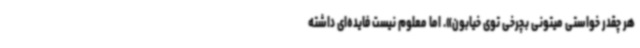
هر چقدر خواستی میتونی بچرخی توی خیابون». اما معلوم نیست فایده‌ای داشته